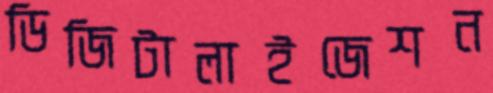
ডিজিটালাইজেশন